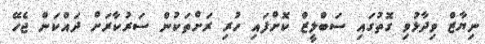
ނިޔާޒް ވިދާޅުވި ގޮތުގައި ސަބްލީޒް ކޮށްފައި ހުރި ރަށްތަކުން ސަރުކާރަށް ދައްކަން ޖެހޭ